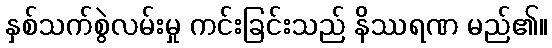
နှစ်သက်စွဲလမ်းမှု ကင်းခြင်းသည် နိဿရဏ မည်၏။